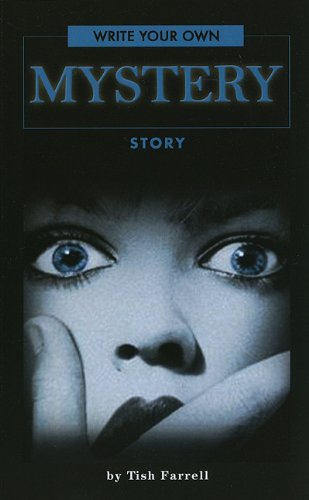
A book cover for Write Your Own Mystery Story; Tish Farrell; Mystery, Thriller & Suspense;